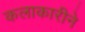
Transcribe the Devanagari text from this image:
कलाकारीने